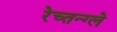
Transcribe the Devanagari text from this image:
रेच्तन्ग्ले